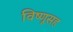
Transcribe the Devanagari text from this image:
विष्णूसह